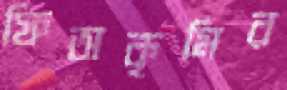
ফিতাকৃমির